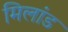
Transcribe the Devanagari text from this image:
मिलांड